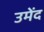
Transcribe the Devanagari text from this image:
उमेंद